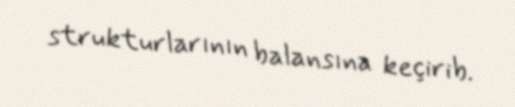
strukturlarının balansına keçirib.